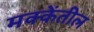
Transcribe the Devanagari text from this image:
मक्केंतील